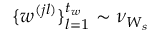
\{ \boldsymbol { w } ^ { ( j l ) } \} _ { l = 1 } ^ { t _ { w } } \sim \nu _ { \boldsymbol { W } _ { s } }